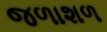
જળાશળ